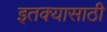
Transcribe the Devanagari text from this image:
इतक्यासाठी